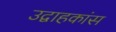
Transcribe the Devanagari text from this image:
उद्वाहकांस